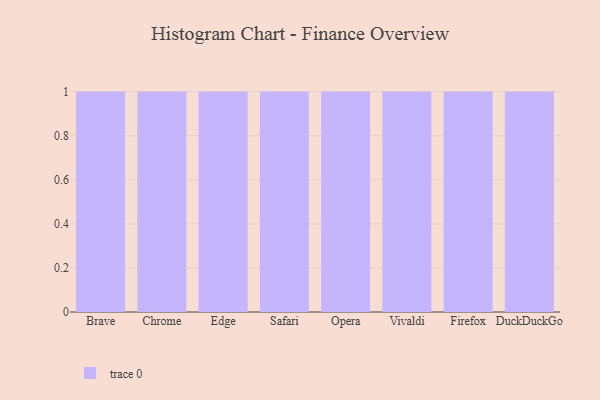
{"axis": {"x": "Browser", "y": "Production Output"}, "legend": [""], "data": [{"x": "Brave", "y": 97, "type": ""}, {"x": "Chrome", "y": 7, "type": ""}, {"x": "Edge", "y": 37, "type": ""}, {"x": "Safari", "y": 11, "type": ""}, {"x": "Opera", "y": 100, "type": ""}, {"x": "Vivaldi", "y": 68, "type": ""}, {"x": "Firefox", "y": 49, "type": ""}, {"x": "DuckDuckGo", "y": 7, "type": ""}]}